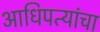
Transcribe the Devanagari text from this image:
आधिपत्यांचा